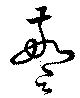
警